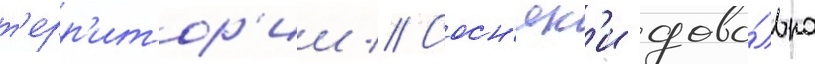
т'ерр'итор'ии // Сосн'як'и дово́льно